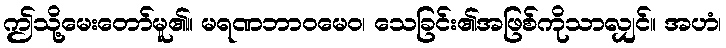
ဤသို့မေးတော်မူ၏။ မရဏဘာဝမေဝ၊ သေခြင်း၏အဖြစ်ကိုသာလျှင်။ အဟံ၊